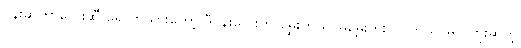
ပန်းဆိုတာလေးဆီ ရောက်သွားတော့ ဒီပန်းလေးက မွှေးတယ်၊ မမွှေးဘူး၊ လှတယ်၊ မလှဘူးဆိုတဲ့